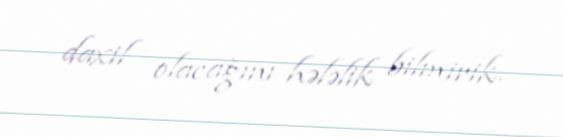
daxil olacağını hələlik bilmirik.